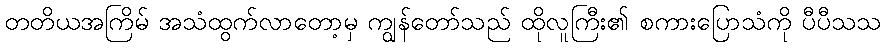
တတိယအကြိမ် အသံထွက်လာတော့မှ ကျွန်တော်သည် ထိုလူကြီး၏ စကားပြောသံကို ပီပီသသ